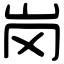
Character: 岗